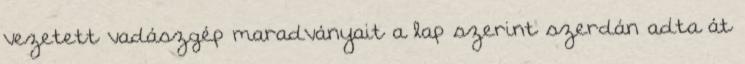
vezetett vadászgép maradványait a lap szerint szerdán adta át